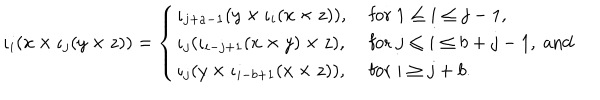
\iota _ { i } ( x \times \iota _ { j } ( y \times z ) ) = \left\{ \begin{array} { l l } { { \iota _ { j + a - 1 } ( y \times \iota _ { i } ( x \times z ) ) , } } & { { \mathrm { ~ f o r ~ } 1 \leq i \leq j - 1 , } } \\ { { \iota _ { j } ( \iota _ { i - j + 1 } ( x \times y ) \times z ) , } } & { { \mathrm { ~ f o r ~ } j \leq i \leq b + j - 1 , \mathrm { ~ a n d } } } \\ { { \iota _ { j } ( y \times \iota _ { i - b + 1 } ( x \times z ) ) , } } & { { \mathrm { ~ f o r ~ } i \geq j + b . } } \\ \end{array} \right.